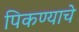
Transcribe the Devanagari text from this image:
पिकण्याचे